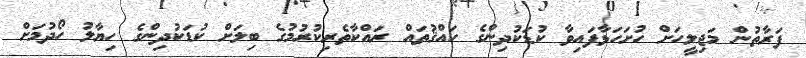
ފަރާތުން މަޖިލީހަށް ހުށަހަޅާފައިވާ ކުޑަކުދިންގެ ހައްޤުތައް ރައްކާތެރިކުރުމުގެ ބިލަށް ކުޑަކުދިންގެ ހިޔާލު ހޯދުމަށް